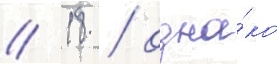
// 18 / одна́ко